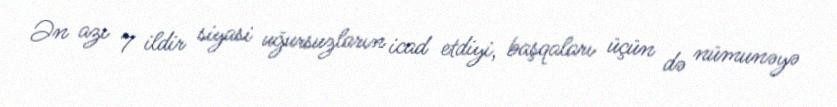
Ən azı 7 ildir siyasi uğursuzların icad etdiyi, başqaları üçün də nümunəyə